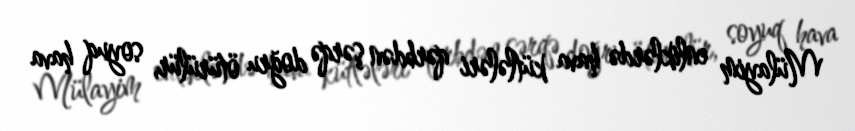
Mülayim enliklərdə hava kütlələri qərbdən şərqə doğru ötürülür, soyuq hava